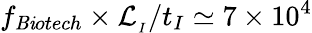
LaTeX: f_{\mathit{B}\mathit{i}otech}\times\mathcal{{L}}_{_{I}}/t_{I}\simeq7\times10^{4}